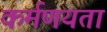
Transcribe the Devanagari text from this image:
कर्मणयता